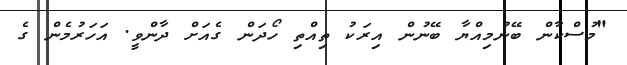
"މުސްކާން ބޭނުމިއްޔާ ބޭނުން އިރަކު ތިއްތި ހޯދަން ގެއަށް ދާންވީ. އަހަރުމެން ގެ